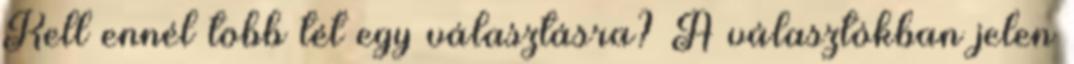
Kell ennél több tét egy választásra? A választókban jelen